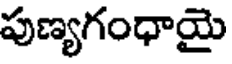
పుణ్యగంధాయై